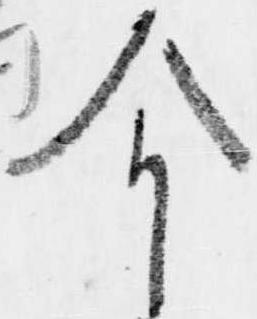
今